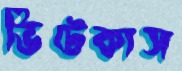
ভিটেকাস